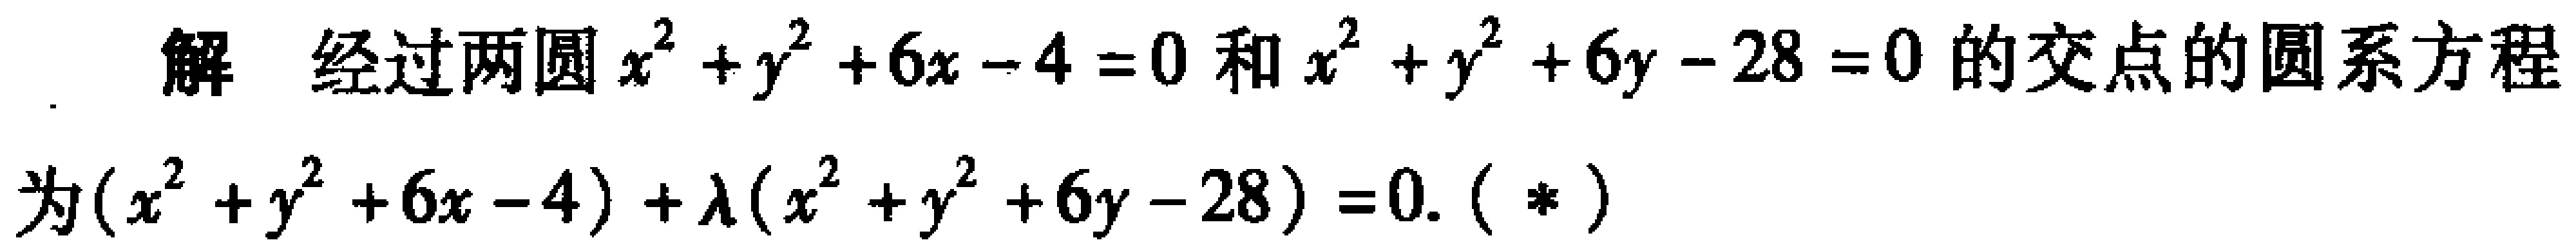
解 经过两圆$x^{2}+y^{2}+6x - 4 = 0$和$x^{2}+y^{2}+6y - 28 = 0$的交点的圆系方程
为$(x^{2}+y^{2}+6x - 4)+\lambda(x^{2}+y^{2}+6y - 28)=0$.（$*$）